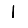
Digit: 1